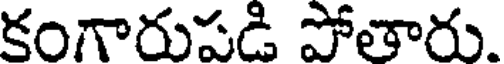
కంగారుపడి పోతారు.